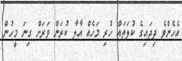
އެހެންވެ ދިދައިގެ ކުލަތައް ހުރި މަހެއް އާލާ ކުރަން ވަރަށް ގިނަ މީހުން